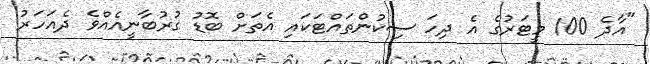
"އާދެ 100 މީޓަރުގެ އެ ދިހަ ސިކުންތައްޓަކައި އެތަށް ބޮޑު ގުރުބާނީއެއްވެ ދެއަހަރު